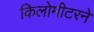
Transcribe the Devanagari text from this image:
किलोमीटरने